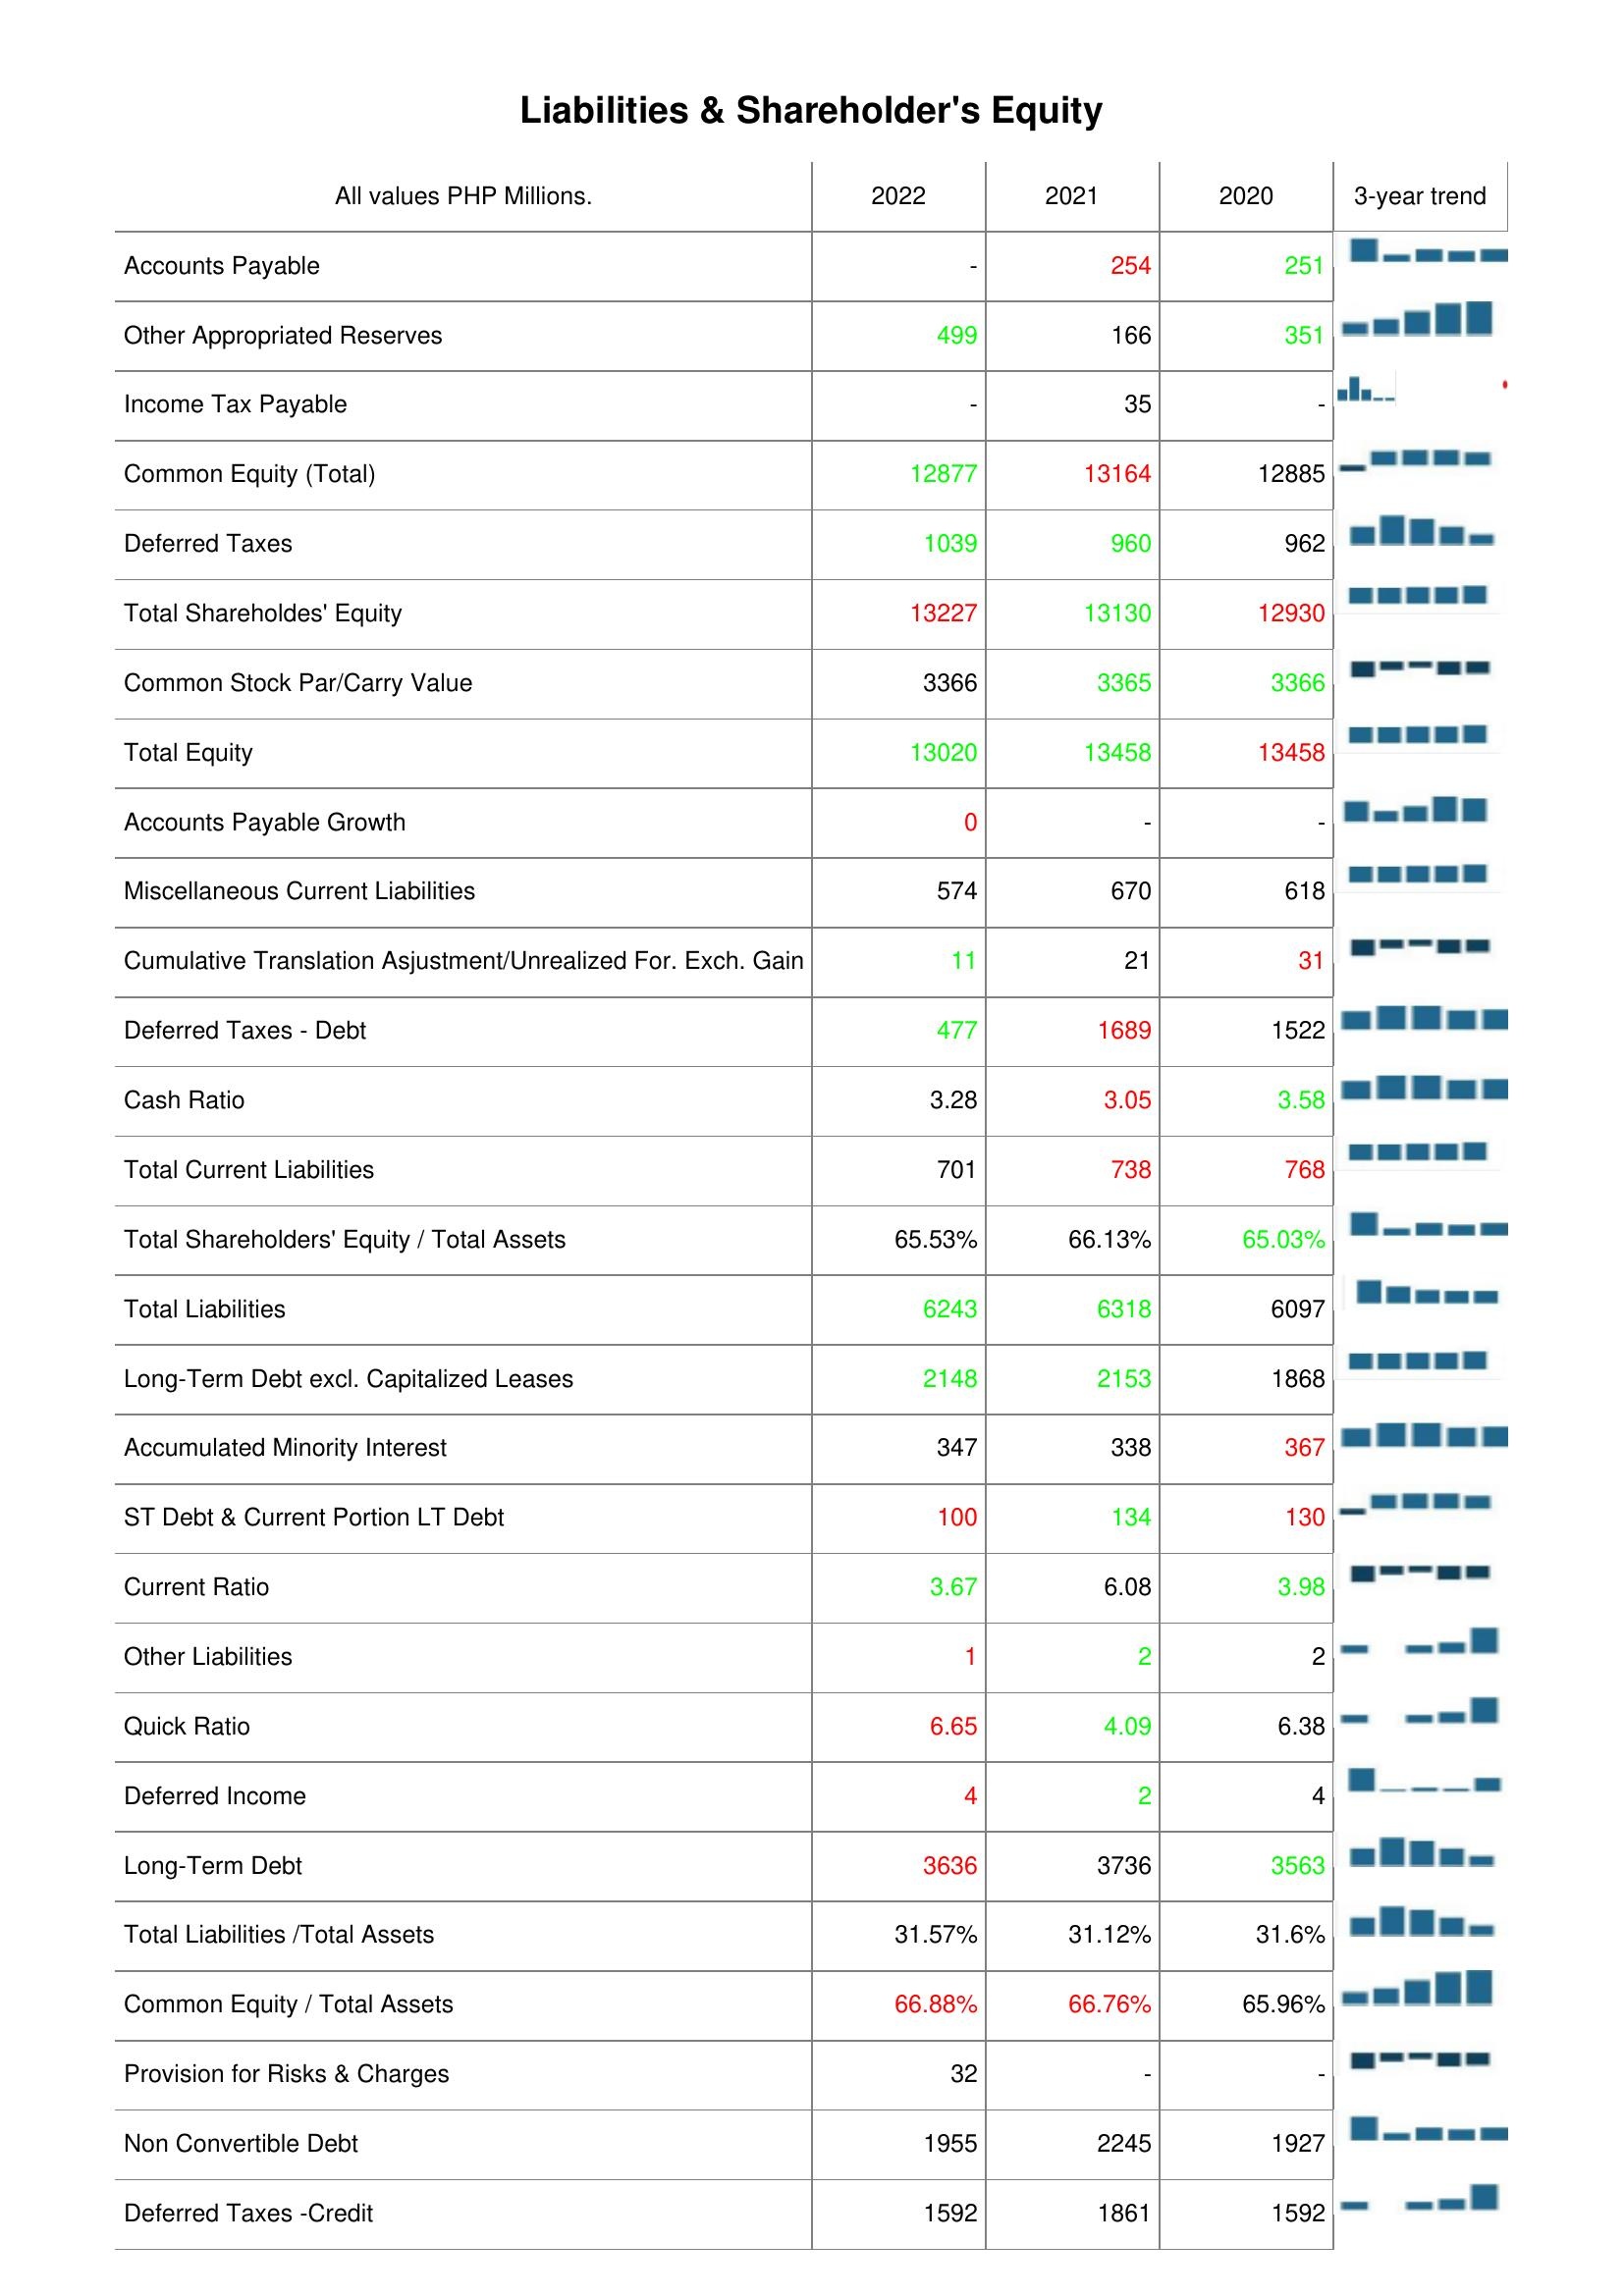
2022: Liabilities & Shareholder's Equity: Accounts Payable: -
Other Appropriated Reserves: 499
Income Tax Payable: -
Common Equity (Total): 12877
Deferred Taxes: 1039
Total Shareholdes' Equity: 13227
Common Stock Par/Carry Value: 3366
Total Equity: 13020
Accounts Payable Growth: 0
Miscellaneous Current Liabilities: 574
Cumulative Translation Asjustment/Unrealized For. Exch. Gain: 11
Deferred Taxes - Debt: 477
Cash Ratio: 3.28
Total Current Liabilities: 701
Total Shareholders' Equity / Total Assets: 65.53%
Total Liabilities: 6243
Long-Term Debt excl. Capitalized Leases: 2148
Accumulated Minority Interest: 347
ST Debt & Current Portion LT Debt: 100
Current Ratio: 3.67
Other Liabilities: 1
Quick Ratio: 6.65
Deferred Income: 4
Long-Term Debt: 3636
Total Liabilities /Total Assets: 31.57%
Common Equity / Total Assets: 66.88%
Provision for Risks & Charges: 32
Non Convertible Debt: 1955
Deferred Taxes -Credit: 1592
2021: Liabilities & Shareholder's Equity: Accounts Payable: 254
Other Appropriated Reserves: 166
Income Tax Payable: 35
Common Equity (Total): 13164
Deferred Taxes: 960
Total Shareholdes' Equity: 13130
Common Stock Par/Carry Value: 3365
Total Equity: 13458
Accounts Payable Growth: -
Miscellaneous Current Liabilities: 670
Cumulative Translation Asjustment/Unrealized For. Exch. Gain: 21
Deferred Taxes - Debt: 1689
Cash Ratio: 3.05
Total Current Liabilities: 738
Total Shareholders' Equity / Total Assets: 66.13%
Total Liabilities: 6318
Long-Term Debt excl. Capitalized Leases: 2153
Accumulated Minority Interest: 338
ST Debt & Current Portion LT Debt: 134
Current Ratio: 6.08
Other Liabilities: 2
Quick Ratio: 4.09
Deferred Income: 2
Long-Term Debt: 3736
Total Liabilities /Total Assets: 31.12%
Common Equity / Total Assets: 66.76%
Provision for Risks & Charges: -
Non Convertible Debt: 2245
Deferred Taxes -Credit: 1861
2020: Liabilities & Shareholder's Equity: Accounts Payable: 251
Other Appropriated Reserves: 351
Income Tax Payable: -
Common Equity (Total): 12885
Deferred Taxes: 962
Total Shareholdes' Equity: 12930
Common Stock Par/Carry Value: 3366
Total Equity: 13458
Accounts Payable Growth: -
Miscellaneous Current Liabilities: 618
Cumulative Translation Asjustment/Unrealized For. Exch. Gain: 31
Deferred Taxes - Debt: 1522
Cash Ratio: 3.58
Total Current Liabilities: 768
Total Shareholders' Equity / Total Assets: 65.03%
Total Liabilities: 6097
Long-Term Debt excl. Capitalized Leases: 1868
Accumulated Minority Interest: 367
ST Debt & Current Portion LT Debt: 130
Current Ratio: 3.98
Other Liabilities: 2
Quick Ratio: 6.38
Deferred Income: 4
Long-Term Debt: 3563
Total Liabilities /Total Assets: 31.6%
Common Equity / Total Assets: 65.96%
Provision for Risks & Charges: -
Non Convertible Debt: 1927
Deferred Taxes -Credit: 1592